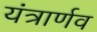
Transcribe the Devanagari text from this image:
यंत्रार्णव